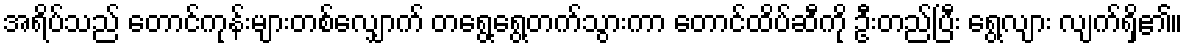
အရိပ်သည် တောင်ကုန်းများတစ်လျှောက် တရွေ့ရွေ့တက်သွားကာ တောင်ထိပ်ဆီကို ဦးတည်ပြီး ရွေ့လျား လျက်ရှိ၏။